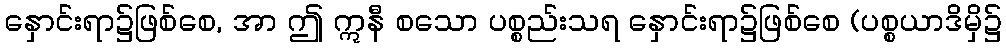
နှောင်းရာ၌ဖြစ်စေ, အာ ဤ ဣနီ စသော ပစ္စည်းသရ နှောင်းရာ၌ဖြစ်စေ (ပစ္စယာဒိမှိ၌